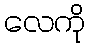
လေကို